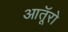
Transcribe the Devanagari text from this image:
आतूॅरो